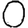
Digit: 0